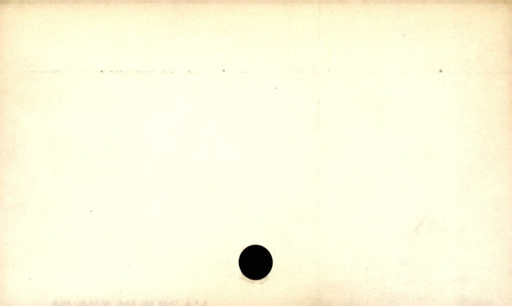
Label: blank